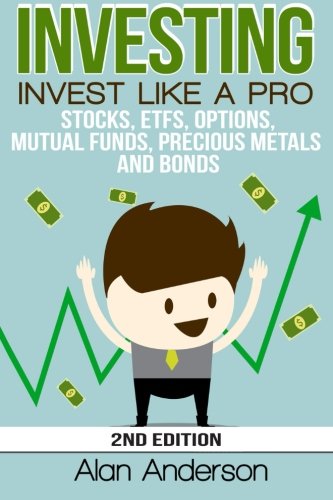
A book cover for Investing: Invest Like A Pro: Stocks, ETFs, Options, Mutual Funds, Precious Metals and Bonds; Alan Anderson; Business & Money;